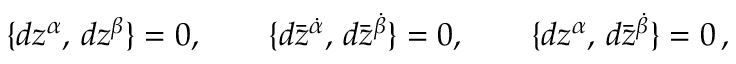
\{ d z ^ { \alpha } , \, d z ^ { \beta } \} = 0 , \qquad \{ d \bar { z } ^ { \dot { \alpha } } , \, d \bar { z } ^ { \dot { \beta } } \} = 0 , \qquad \{ d z ^ { \alpha } , \, d \bar { z } ^ { \dot { \beta } } \} = 0 \, ,